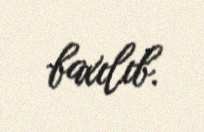
baxılıb.